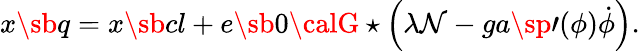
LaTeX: x\sb{q}=x\sb{cl}+e\sb{0}{\calG}\star\left(\lambda\mathcal{N}-ga\sp{\prime}(\phi)\dot{{\phi}}\right).